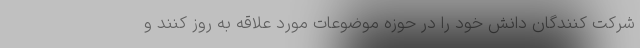
شرکت کنندگان دانش خود را در حوزه موضوعات مورد علاقه به روز کنند و